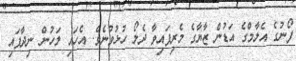
ފޯނުގެ އެލާމްގެ އަޑުން ޒާޔާގެ މެރިފައިވާ ދެލޯ ހުޅުވުނެވެ. އެހައި ލަހުން ނިދާފައި